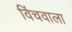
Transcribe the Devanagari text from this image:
विंचवाला